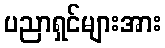
ပညာရှင်များအား